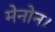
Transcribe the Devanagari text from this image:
मेनोन।